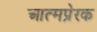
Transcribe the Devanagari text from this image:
आत्मप्रेरक